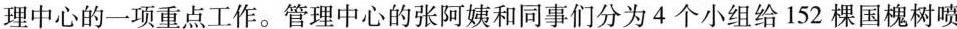
理中心的一项重点工作。管理中心的张阿姨和同事们分为4个小组给152棵国槐树喷